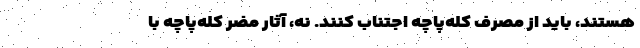
هستند، باید از مصرف کله‌پاچه اجتناب کنند. نه، آثار مضر کله‌پاچه با